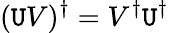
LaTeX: (\mathtt{U}V)^{\dagger}=V^{\dagger}\mathtt{U}^{\dagger}